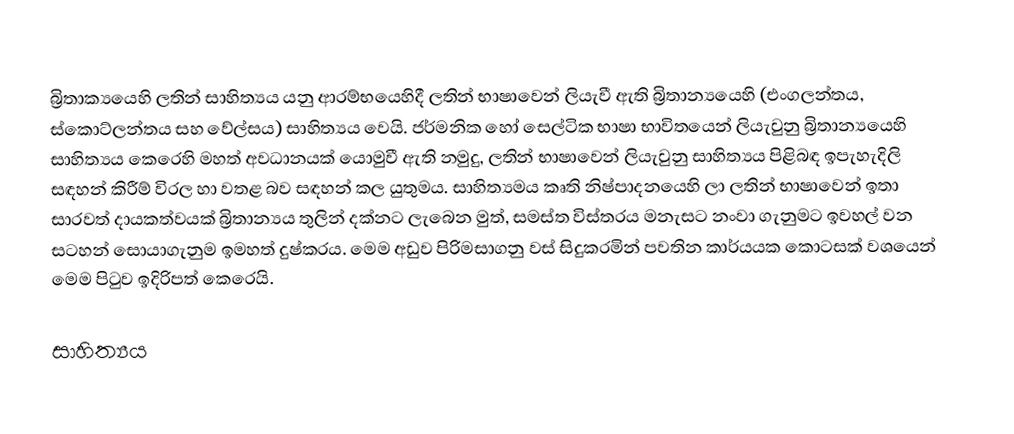
බ්‍රිතාක්‍යයෙහි ලතින් සාහිත්‍යය යනු ආරම්භයෙහිදී  ලතින් භාෂාවෙන් ලියැවී ඇති  බ්‍රිතාන්‍යයෙහි (එංගලන්තය, ස්කොට්ලන්තය සහ වේල්සය) සාහිත්‍යය වෙයි. ජර්මනික හෝ සෙල්ටික භාෂා භාවිතයෙන් ලියැවුනු බ්‍රිතාන්‍යයෙහි සාහිත්‍යය කෙරෙහි මහත් අවධානයක් යොමුවී ඇති නමුදු, ලතින් භාෂාවෙන් ලියැවුනු සාහිත්‍යය පිළිබඳ ඉපැහැදිලි සඳහන් කිරීම් විරල හා වතළ බව සඳහන් කල යුතුමය.  සාහිත්‍යමය කෘති නිෂ්පාදනයෙහි ලා ලතින් භාෂාවෙන් ඉතා සාරවත් දායකත්වයක් බ්‍රිතාන්‍යය තුලින් දක්නට ලැබෙන මුත්, සමස්ත  විස්තරය මනැසට නංවා ගැනුමට ඉවහල් වන සටහන් සොයාගැනුම  ඉමහත් දුෂ්කරය. මෙම අඩුව පිරිමසාගනු වස්  සිදුකරමින් පවතින කාර්යයක කොටසක් වශයෙන් මෙම පිටුව ඉදිරිපත් කෙරෙයි.

සාහිත්‍යය